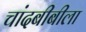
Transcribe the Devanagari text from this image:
चांदबीबीला